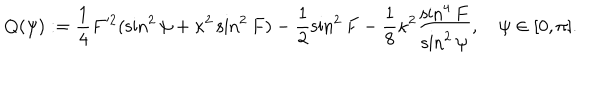
LaTeX: Q ( \psi ) : = \frac { 1 } { 4 } F ^ { 2 } ( \sin ^ { 2 } { \psi } + \kappa ^ { 2 } \sin ^ { 2 } { F } ) - \frac { 1 } { 2 } \sin ^ { 2 } { F } - \frac { 1 } { 8 } \kappa ^ { 2 } \frac { \sin ^ { 4 } { F } } { \sin ^ { 2 } { \psi } } , \quad \psi \in [ 0 , \pi ] .